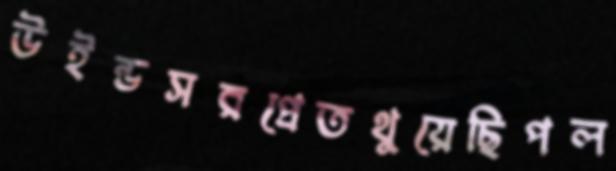
উইন্ডসরপ্রেতথুয়েছিপল